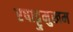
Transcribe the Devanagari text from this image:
एषाट्टुमुखम